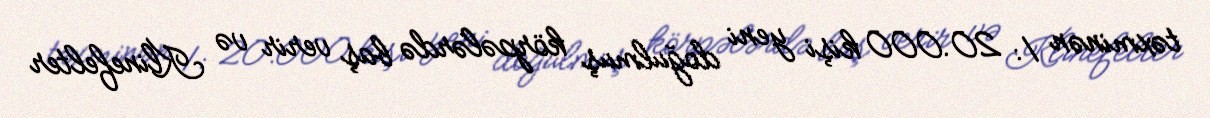
təxminən 1: 20.000 kişi yeni doğulmuş körpələrdə baş verir və Klinefelter